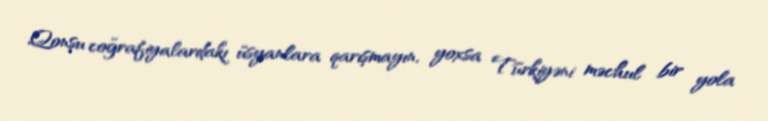
Qonşu coğrafiyalardakı üsyanlara qarışmayın, yoxsa Türkiyəni məchul bir yola